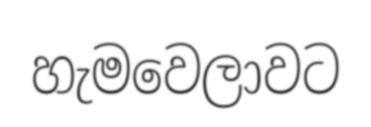
හැමවෙලාවට